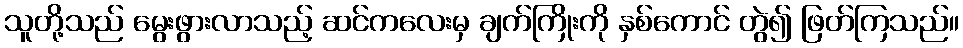
သူတို့သည် မွေးဖွားလာသည့် ဆင်ကလေးမှ ချက်ကြိုးကို နှစ်ကောင် တွဲ၍ ဖြတ်ကြသည်။